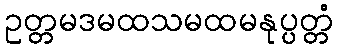
ဥတ္တမဒမထသမထမနုပ္ပတ္တံ